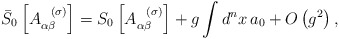
\begin{align*}\bar{S}_{0}\left[ A_{\alpha \beta }^{\;\;\;(\sigma )}\right] =S_{0}\left[A_{\alpha \beta }^{\;\;\;(\sigma )}\right] +g\int d^{n}x\,a_{0}+O\left(g^{2}\right) , \end{align*}